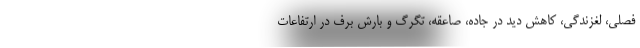
فصلی، لغزندگی، کاهش دید در جاده، صاعقه، تگرگ و بارش برف در ارتفاعات